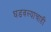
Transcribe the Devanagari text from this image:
घडवल्याचाही